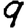
Digit: 9